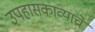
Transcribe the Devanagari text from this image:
उपहासकाव्याचे